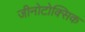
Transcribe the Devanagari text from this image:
जीनोटोक्सिक